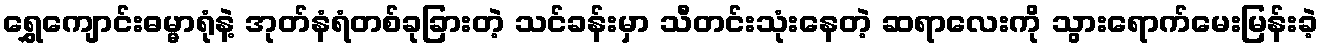
ရွှေကျောင်းဓမ္မာရုံနဲ့ အုတ်နံရံတစ်ခုခြားတဲ့ သင်ခန်းမှာ သီတင်းသုံးနေတဲ့ ဆရာလေးကို သွားရောက်မေးမြန်းခဲ့